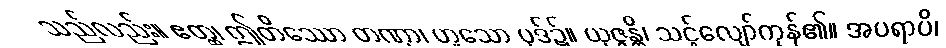
သည်လည်း။ ဧတ္ထ၊ ဤတိဿော တဏှာ၊ ဟူသော ပုဒ်၌။ ယုဇ္ဇန္တိ၊ သင့်လျော်ကုန်၏။ အပရာပိ၊